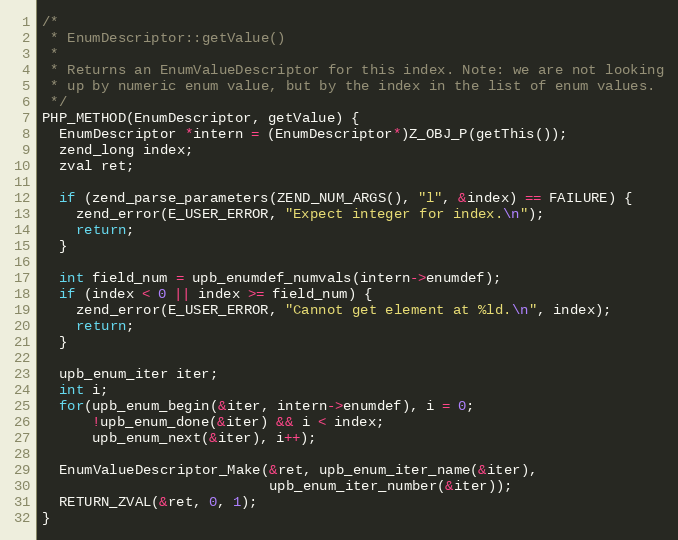
Language: C
/*
 * EnumDescriptor::getValue()
 *
 * Returns an EnumValueDescriptor for this index. Note: we are not looking
 * up by numeric enum value, but by the index in the list of enum values.
 */
PHP_METHOD(EnumDescriptor, getValue) {
  EnumDescriptor *intern = (EnumDescriptor*)Z_OBJ_P(getThis());
  zend_long index;
  zval ret;

  if (zend_parse_parameters(ZEND_NUM_ARGS(), "l", &index) == FAILURE) {
    zend_error(E_USER_ERROR, "Expect integer for index.\n");
    return;
  }

  int field_num = upb_enumdef_numvals(intern->enumdef);
  if (index < 0 || index >= field_num) {
    zend_error(E_USER_ERROR, "Cannot get element at %ld.\n", index);
    return;
  }

  upb_enum_iter iter;
  int i;
  for(upb_enum_begin(&iter, intern->enumdef), i = 0;
      !upb_enum_done(&iter) && i < index;
      upb_enum_next(&iter), i++);

  EnumValueDescriptor_Make(&ret, upb_enum_iter_name(&iter),
                           upb_enum_iter_number(&iter));
  RETURN_ZVAL(&ret, 0, 1);
}